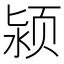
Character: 颍